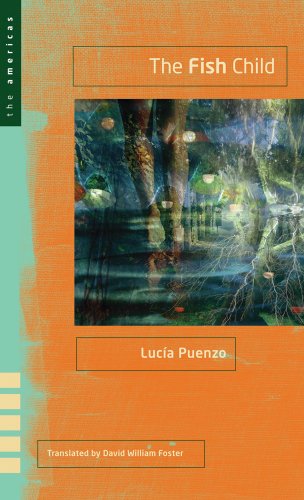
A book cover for The Fish Child; LucÃ­a Puenzo; Humor & Entertainment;